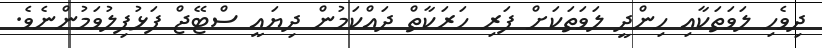
ދިވެހި ލަވަތަކާއި ހިންދީ ލަވަތަކަށް ފަރި ހަރަކާތް ދައްކަމުން ދިޔައީ ސްޓޭޖް ފަޅުފިލުވަމުންނެވެ.